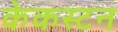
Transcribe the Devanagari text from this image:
केकस्टन